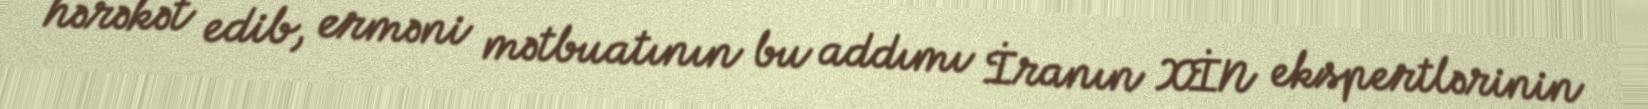
hərəkət edib, erməni mətbuatının bu addımı İranın XİN ekspertlərinin